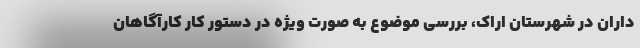
داران در شهرستان اراک، بررسی موضوع به صورت ویژه در دستور کار کارآگاهان